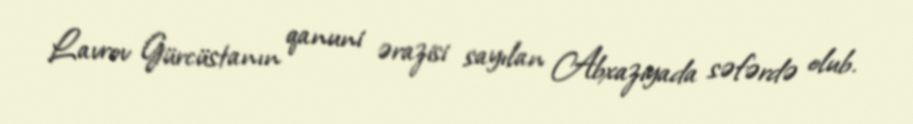
Lavrov Gürcüstanın qanuni ərazisi sayılan Abxaziyada səfərdə olub.